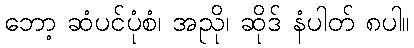
ဘော့ ဆံပင်ပုံစံ၊ အညို၊ ဆိုဒ် နံပါတ် ၈ပါ။